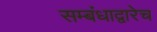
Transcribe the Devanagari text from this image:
सम्बंधाद्वारेच